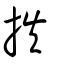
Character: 抶